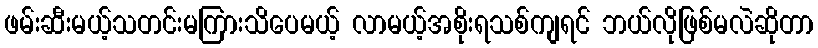
ဖမ်းဆီးမယ့်သတင်းမကြားသိပေမယ့် လာမယ့်အစိုးရသစ်ကျရင် ဘယ်လိုဖြစ်မလဲဆိုတာ